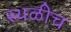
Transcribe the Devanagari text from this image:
स्थळीच